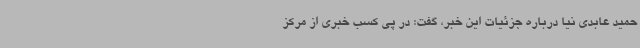
حمید عابدی نیا درباره جزئیات این خبر، گفت: در پی کسب خبری از مرکز